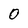
Character: 0